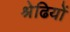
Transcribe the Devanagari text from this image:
श्रेढियों